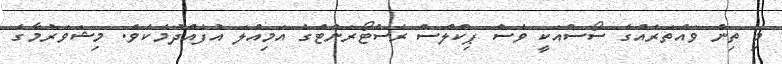
މި ތިން ވައްތަރެއްގެ ސޯސްއަކީ ވެސް ޕިކްލްސް ރެސްޓޯރަންޓްގެ އަމިއްލަ އުފެއްދުމެކެވެ. މިޝަވަރުމާގެ